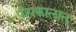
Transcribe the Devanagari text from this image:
पोपकालात